Indian journal of veterinary science and animal husbandry - Volume 3,
Year: 1933
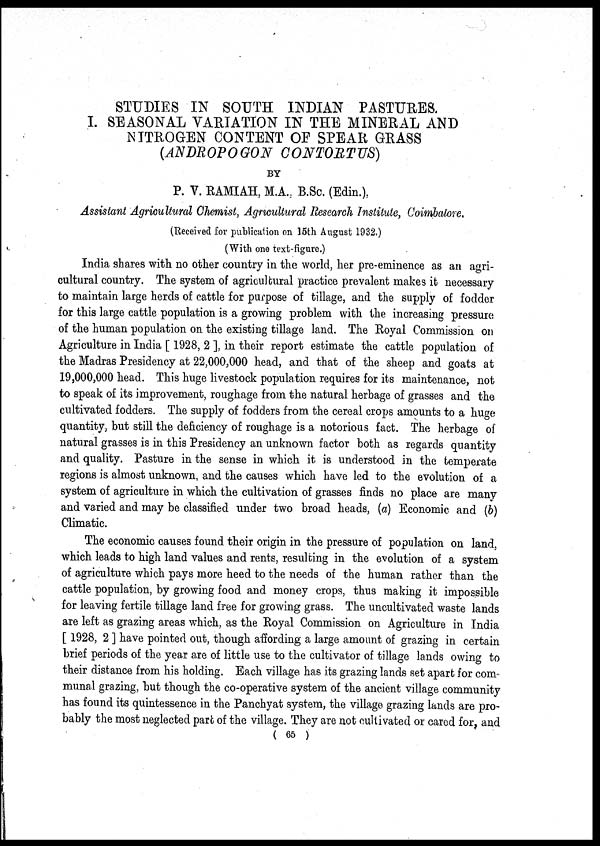
STUDIES IN SOUTH INDIAN PASTURES.
I. SEASONAL VARIATION IN THE MINERAL AND
NITROGEN CONTENT OF SPEAR GRASS
(ANDROPOGON CONTORTUS)
BY
P. V. RAMIAH, M.A., B.Sc. (Edin.),
Assistant Agricultural Chemist, Agricultural Research Institute, Coimbalore.
(Received for publication on 15th August 1932,)
(With one text-figure.)
India shares with no other country in the world, her pre-eminence as an agri-
cultural country. The system of agricultural practice prevalent makes it necessary
to maintain large herds of cattle for purpose of tillage, and the supply of fodder
for this large cattle population is a growing problem with the increasing pressure
of the human population on the existing tillage land. The Royal Commission on
Agriculture in India [ 1928, 2 ], in their report estimate the cattle population of
the Madras Presidency at 22,000,000 head, and that of the sheep and goats at
19,000,000 head. This huge livestock population requires for its maintenance, not
to speak of its improvement, roughage from the natural herbage of grasses and the
cultivated fodders. The supply of fodders from the cereal crops amounts to a huge
quantity, but still the deficiency of roughage is a notorious fact. The herbage of
natural grasses is in this Presidency an unknown factor both as regards quantity
and quality. Pasture in the sense in which it is understood in the temperate
regions is almost unknown, and the causes which have led to the evolution of a
system of agriculture in which the cultivation of grasses finds no place are many
and varied and may be classified under two broad heads, (a) Economic and (b)
Climatic.
The economic causes found their origin in the pressure of population on land,
which leads to high land values and rents, resulting in the evolution of a system
of agriculture which pays more heed to the needs of the human rather than the
cattle population, by growing food and money crops, thus making it impossible
for leaving fertile tillage land free for growing grass. The uncultivated waste lands
are left as grazing areas which, as the Royal Commission on Agriculture in India
[ 1928, 2 ] have pointed out, though affording a large amount of grazing in certain
brief periods of the year are of little use to the cultivator of tillage lands owing to
their distance from his holding. Each village has its grazing lands set apart for com-
munal grazing, but though the co-operative system of the ancient village community
has found its quintessence in the Panchyat system, the village grazing lands are pro-
bably the most neglected part of the village. They are not cultivated or cared for, and
( 65 )